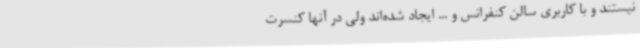
نیستند و با کاربری سالن کنفرانس و ... ایجاد شده‌اند ولی در آنها کنسرت